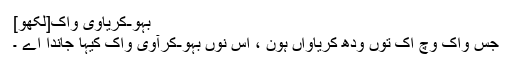
بہو-کریاوی واک[لکھو]
جس واک وچ اک توں ودھ کریاواں ہون ، اس نوں بہو-کرآوی واک کیہا جاندا اے ۔